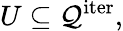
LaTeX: U\subseteq\mathcal{Q}^{\mathrm{iter}},